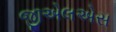
જીએલએસ